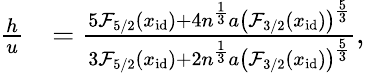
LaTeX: \begin{array}{rl}{\frac{h}{u}}&{=\frac{5\mathcal{F}_{5/2}(x_{\mathrm{id}})+4n^{\frac{1}{3}}a\left(\mathcal{F}_{3/2}(x_{\mathrm{id}})\right)^{\frac{5}{3}}}{3\mathcal{F}_{5/2}(x_{\mathrm{id}})+2n^{\frac{1}{3}}a\left(\mathcal{F}_{3/2}(x_{\mathrm{id}})\right)^{\frac{5}{3}}},}\end{array}